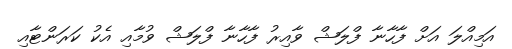
އަމިއްލަ އަށް ފާހާނާ ފްލަޝް ވާއިރު ފާހާނާ ފްލަޝް ވުމާއި އެކު ކަރަންޓާއި